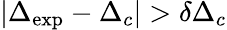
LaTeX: |\Delta_{\mathrm{exp}}-\Delta_{c}|>\delta\Delta_{c}